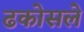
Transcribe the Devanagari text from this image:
ढकोसले